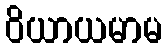
ဝိယာယမာမ